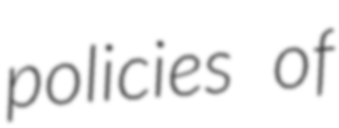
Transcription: policies of